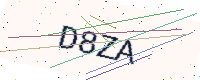
Text: D8ZA